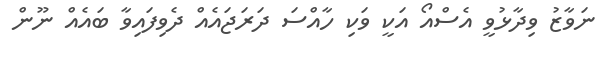
ނަވާޒު ވިދާޅުވީ އެސްއޯ އަކީ ވަކި ހާއްސަ ދަރަޖައެއް ދެވިފައިވާ ބައެއް ނޫން